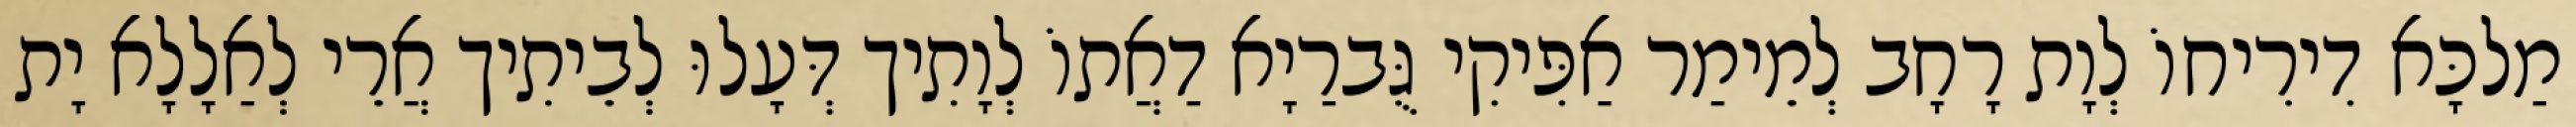
מַלכָּא דִירִיחוֹ לְוָת רָחָב לְמֵימַר אַפִּיקִי גֻּברַיָא דַאֲתוֹ לְוָתִיך דְּעָלוּ לְבֵיתִיך אֲרֵי לְאַלָלָא יָת